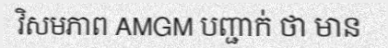
វិសមភាព AMGM បញ្ជាក់ ថា មាន